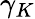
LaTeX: \gamma_{K}